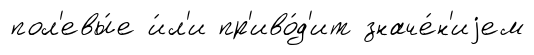
пол'евы́е и́л'и пр'иво́д'ит значе́н'иjем